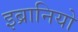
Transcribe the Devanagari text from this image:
इब्रानियो